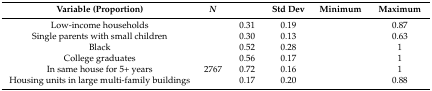
<table><thead><tr><td><b>Variable (Proportion)</b></td><td><b><i>N</i></b></td><td>[EMPTY_CELL]</td><td><b>Std Dev</b></td><td><b>Minimum</b></td><td><b>Maximum</b></td></tr></thead><tbody><tr><td>Low-income households</td><td>[EMPTY_CELL]</td><td>0.31</td><td>0.19</td><td>[EMPTY_CELL]</td><td>0.87</td></tr><tr><td>Single parents with small children</td><td>[EMPTY_CELL]</td><td>0.30</td><td>0.13</td><td>[EMPTY_CELL]</td><td>0.63</td></tr><tr><td>Black</td><td>[EMPTY_CELL]</td><td>0.52</td><td>0.28</td><td>[EMPTY_CELL]</td><td>1</td></tr><tr><td>College graduates</td><td>[EMPTY_CELL]</td><td>0.56</td><td>0.17</td><td>[EMPTY_CELL]</td><td>1</td></tr><tr><td>In same house for 5+ years</td><td>2767</td><td>0.72</td><td>0.16</td><td>[EMPTY_CELL]</td><td>1</td></tr><tr><td>Housing units in large multi-family buildings</td><td>[EMPTY_CELL]</td><td>0.17</td><td>0.20</td><td>[EMPTY_CELL]</td><td>0.88</td></tr></tbody></table>